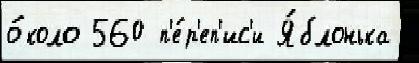
о́коло 560 п'е́р'еп'ис'и Я́блонька